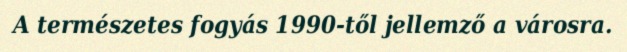
A természetes fogyás 1990-től jellemző a városra.